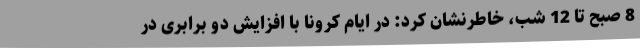
8 صبح تا 12 شب، خاطرنشان کرد: در ایام کرونا با افزایش دو برابری در